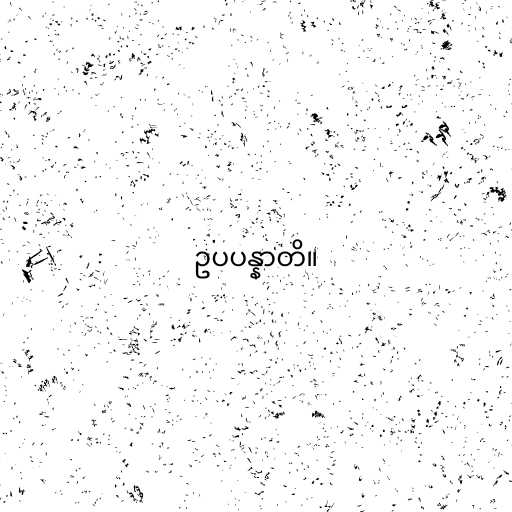
ဥပပန္နာတိ။